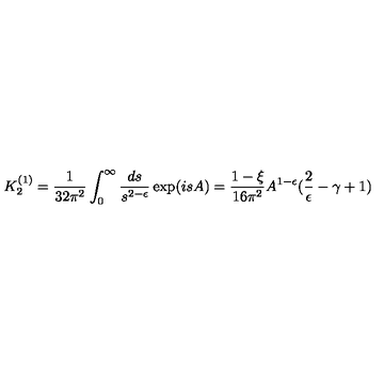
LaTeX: K _ { 2 } ^ { ( 1 ) } = \frac { 1 } { 3 2 \pi ^ { 2 } } \int _ { 0 } ^ { \infty } \frac { d s } { s ^ { 2 - \epsilon } } \exp ( i s A ) = \frac { 1 - \xi } { 1 6 \pi ^ { 2 } } A ^ { 1 - \epsilon } ( \frac { 2 } { \epsilon } - \gamma + 1 )